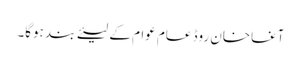
آغاخان روڈ عام عوام کے لیئے بند ہوگا۔